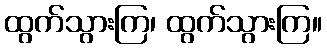
ထွက်သွားကြ၊ ထွက်သွားကြ။